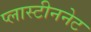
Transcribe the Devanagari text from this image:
प्लास्टीननेट